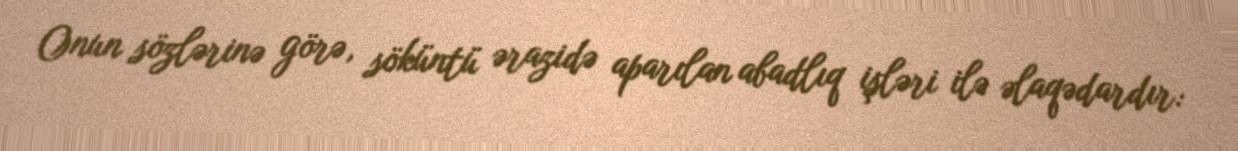
Onun sözlərinə görə, söküntü ərazidə aparılan abadlıq işləri ilə əlaqədardır: